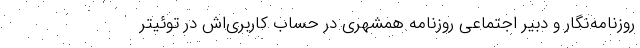
روزنامه‌نگار و دبیر اجتماعی روزنامه همشهری در حساب کاربری‌اش در توئیتر